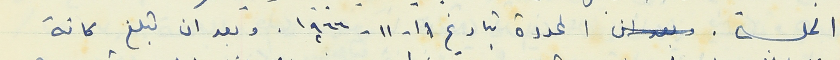
الجلسة. المحددة بتاريخ ١١- ١١ - ١٩٦٦. وبعد ان تبلغ كافة